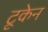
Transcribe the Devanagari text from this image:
टूकेन